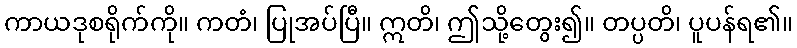
ကာယဒုစရိုက်ကို။ ကတံ၊ ပြုအပ်ပြီ။ ဣတိ၊ ဤသို့တွေး၍။ တပ္ပတိ၊ ပူပန်ရ၏။